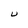
Character: U